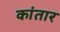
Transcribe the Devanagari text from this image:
कांतार